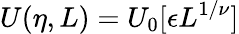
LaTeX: U(\eta,L)=U_{0}[\epsilon L^{1/\nu}]